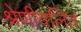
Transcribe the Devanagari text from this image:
श्रेणीवलित